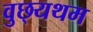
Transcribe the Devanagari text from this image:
वुछ्यथम